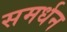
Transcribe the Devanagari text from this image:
समर्धन